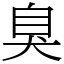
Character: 臭